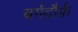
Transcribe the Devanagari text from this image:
बर्गदौर्फ़